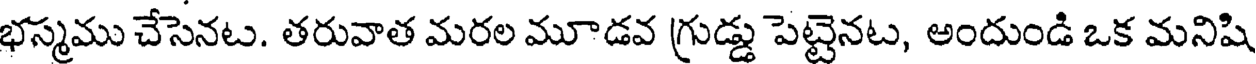
భస్మము చేసెనట. తరువాత మరల మూడవ గ్రుడ్డు పెట్టెనట, అందుండి ఒక మనిషి